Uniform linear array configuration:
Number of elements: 16
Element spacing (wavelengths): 0.75
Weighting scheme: hamming
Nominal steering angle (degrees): -60
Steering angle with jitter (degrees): -59.029
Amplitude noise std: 0.05
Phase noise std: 0.05

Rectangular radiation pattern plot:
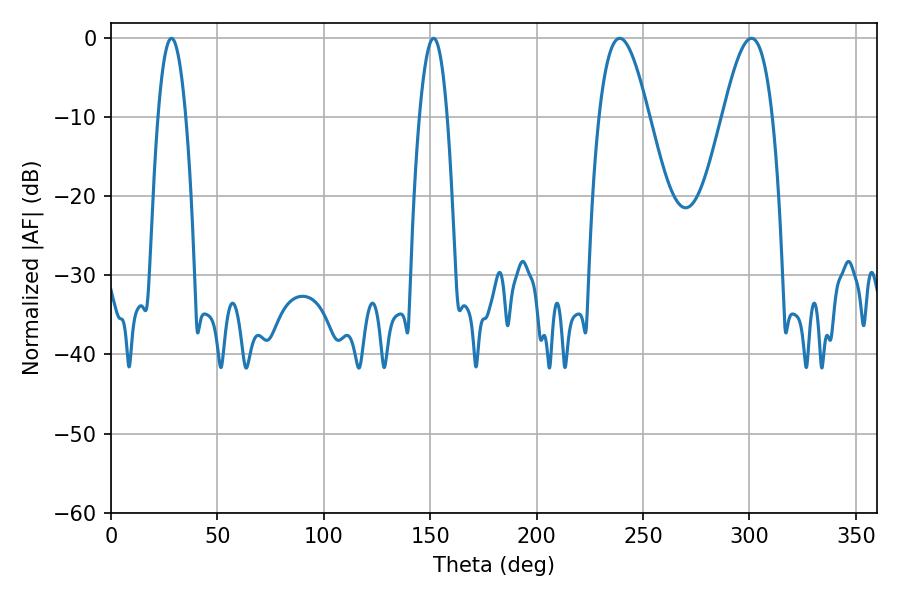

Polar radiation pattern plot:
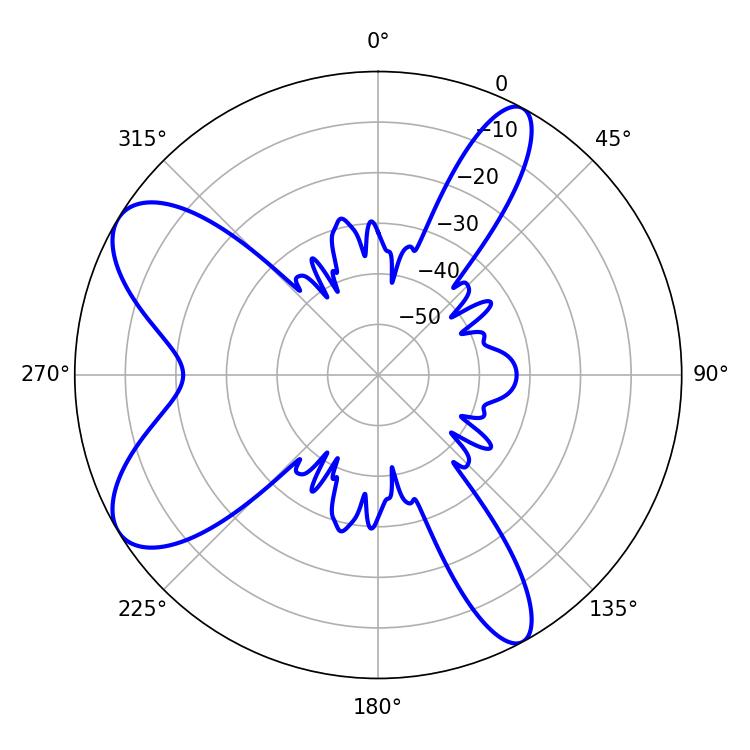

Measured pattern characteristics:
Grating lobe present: TRUE
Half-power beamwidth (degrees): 12.78
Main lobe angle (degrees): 239.04